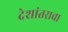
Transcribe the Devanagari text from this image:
देशांतराचा